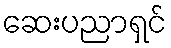
ဆေးပညာရှင်